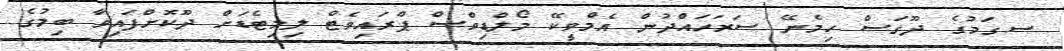
ސ.ގަމުގެ ދޫގަސް ހިމެނޭ ސަރަހައްދުން އެމްވީކޭ މޯލްޑިވްސް ޕްރައިވެޓް ލިމިޓެޑަށް ދޫކޮށްފައިވާ ބިމުގެ